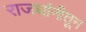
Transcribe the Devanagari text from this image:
राजधांनीतून